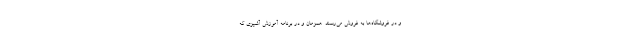
و در فروشگاه‌ها به فروش می‌رسند. همزمان و در برنامه آموزش آشپزی که